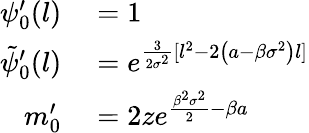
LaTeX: \begin{array}{rl}{\psi_{0}^{\prime}(l)}&{{}=1}\\ {\tilde{\psi}_{0}^{\prime}(l)}&{{}=e^{\frac{3}{2\sigma^{2}}[l^{2}-2\left(a-\beta\sigma^{2}\right)l]}}\\ {m_{0}^{\prime}}&{{}=2ze^{\frac{\beta^{2}\sigma^{2}}{2}-\beta a}}\end{array}